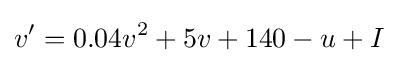
v'=0.04v^{2}+5v+140-u+I